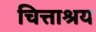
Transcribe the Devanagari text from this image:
चित्ताश्रय